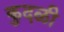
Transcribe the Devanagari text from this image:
कुदळी